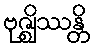
ဗုဇ္ဈိဿန္တိ